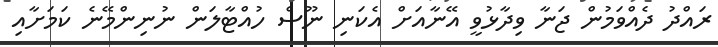
ރައްދު ދެއްވަމުން ޖަނާ ވިދާޅުވީ އޭނާއަށް އެކަނި ނޫސް ހުއްޓާލަން ނުނިންމޭނެ ކަމަށާއި